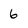
Character: 6